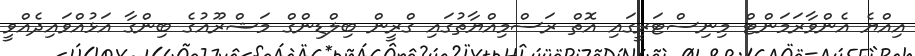
އިއްޔެ އެންވާރަމަންޓް މިނިސްޓަރީގައި އޮތް ރަސްމިއްޔާތުގައި ގްރީން ބިލްޑިންގް މަޝްރޫއުގެ ބިންގާ އަޅުއްވައިދެއްވީ